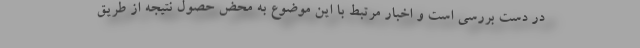
در دست بررسی است و اخبار مرتبط با این موضوع به محض حصول نتیجه از طریق